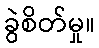
ခွဲစိတ်မှု။